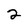
Character: 2